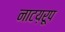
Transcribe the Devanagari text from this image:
नाटय़रूप